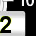
Digit: 2